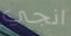
انجي